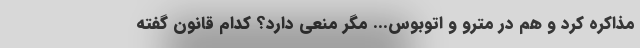
مذاکره کرد و هم در مترو و اتوبوس... مگر منعی دارد؟ کدام قانون گفته